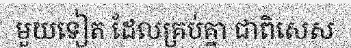
មួយទៀត ដែលគ្រប់គ្នា ជាពិសេស